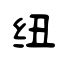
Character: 纽